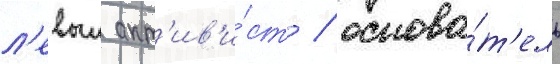
л'евыи акт'ив'и́ст / основа́т'ель